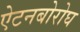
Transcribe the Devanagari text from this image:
ऐटनबोरोघ